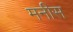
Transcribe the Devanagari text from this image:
मनीस